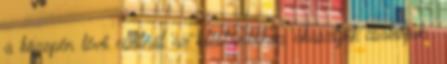
a közepén lévő csatnál az üléstámlához akasztjuk csatoljuk ,